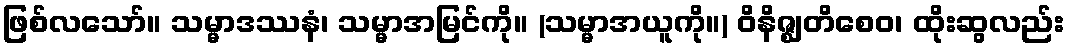
ဖြစ်လသော်။ သမ္မာဒဿနံ၊ သမ္မာအမြင်ကို။ (သမ္မာအယူကို။) ဝိနိဇ္ဈတိစေဝ၊ ထိုးဆွလည်း